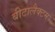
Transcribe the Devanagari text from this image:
बीटालैक्टम